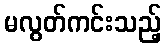
မလွတ်ကင်းသည့်